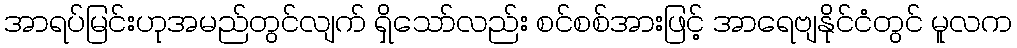
အာရပ်မြင်းဟုအမည်တွင်လျက် ရှိသော်လည်း စင်စစ်အားဖြင့် အာရေဗျနိုင်ငံတွင် မူလက